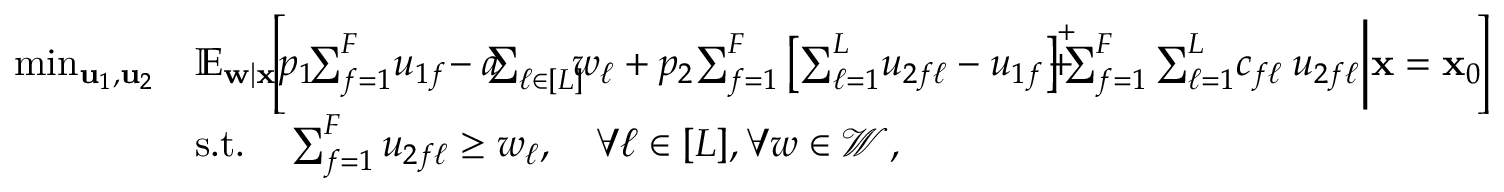
\begin{array} { r l } { \operatorname* { m i n } _ { { \bf u } _ { 1 } , { \bf u } _ { 2 } } } & { \mathbb { E } _ { { \bf w } | { \bf x } } \! \! \left[ \! p _ { 1 } \! \! \sum _ { f = 1 } ^ { F } \! u _ { 1 f } \! - a \! \! \! \sum _ { \ell \in [ L ] } \! \! \! w _ { \ell } + p _ { 2 } \! \sum _ { f = 1 } ^ { F } \left[ \sum _ { \ell = 1 } ^ { L } \! u _ { 2 f \ell } - u _ { 1 f } \right] ^ { + } \! \! \! \! \! \! + \! \! \! \sum _ { f = 1 } ^ { F } \sum _ { \ell = 1 } ^ { L } \! c _ { f \ell } \: u _ { 2 f \ell } \bigg \vert { \bf x } = { \bf x } _ { 0 } \! \right] } \\ & { \mathrm { s . t . } \quad \sum _ { f = 1 } ^ { F } u _ { 2 f \ell } \geq w _ { \ell } , \quad \forall \ell \in [ L ] , \forall \boldsymbol { w } \in \mathcal { W } , } \end{array}